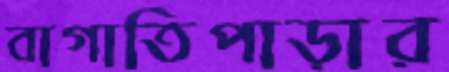
বাগাতিপাড়ার